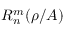
R _ { n } ^ { m } ( \rho / A )